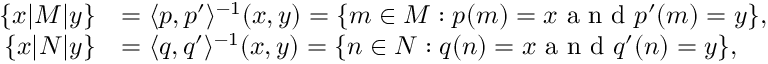
\begin{array} { r l } { \{ x | M | y \} } & { = \langle p , p ^ { \prime } \rangle ^ { - 1 } ( x , y ) = \{ m \in M : p ( m ) = x \textrm { a n d } p ^ { \prime } ( m ) = y \} , } \\ { \{ x | N | y \} } & { = \langle q , q ^ { \prime } \rangle ^ { - 1 } ( x , y ) = \{ n \in N : q ( n ) = x \textrm { a n d } q ^ { \prime } ( n ) = y \} , } \end{array}